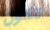
تكون